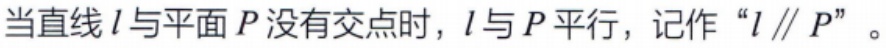
当直线\(l\)与平面\(P\)没有交点时，\(l\)与\(P\)平行，记作“\(l\parallel P\)”。